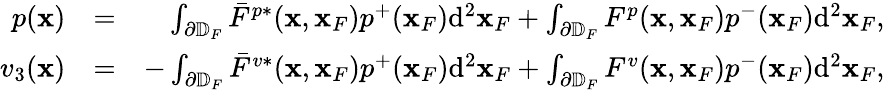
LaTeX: \begin{array}{rlr}{p({\mathbf x})}&{=}&{\int_{\partial\mathbb{D}_{F}}\bar{F}^{p*}({\mathbf x},{\mathbf x}_{F})p^{+}({\mathbf x}_{F})\mathrm{d}^{2}{\mathbf x}_{F}+\int_{\partial\mathbb{D}_{F}}F^{p}({\mathbf x},{\mathbf x}_{F})p^{-}({\mathbf x}_{F})\mathrm{d}^{2}{\mathbf x}_{F},}\\ {v_{3}({\mathbf x})}&{=}&{-\int_{\partial\mathbb{D}_{F}}\bar{F}^{v*}({\mathbf x},{\mathbf x}_{F})p^{+}({\mathbf x}_{F})\mathrm{d}^{2}{\mathbf x}_{F}+\int_{\partial\mathbb{D}_{F}}F^{v}({\mathbf x},{\mathbf x}_{F})p^{-}({\mathbf x}_{F})\mathrm{d}^{2}{\mathbf x}_{F},}\end{array}